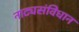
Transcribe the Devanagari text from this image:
नाट्यसंविधान